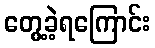
တွေ့ခဲ့ရကြောင်း